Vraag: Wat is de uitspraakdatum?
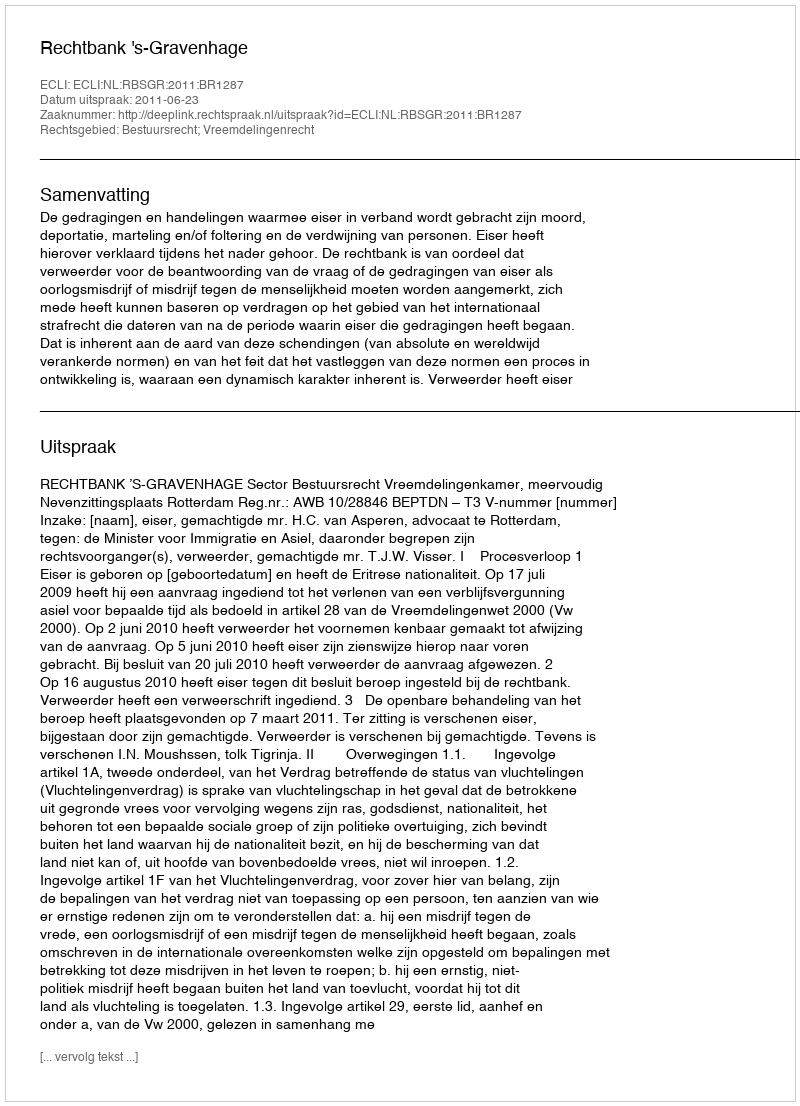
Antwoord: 2011-06-23